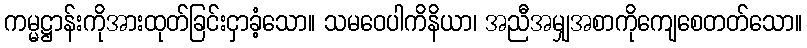
ကမ္မဋ္ဌာန်းကိုအားထုတ်ခြင်းငှာခံ့သော။ သမဝေပါကိနိယာ၊ အညီအမျှအစာကိုကျေစေတတ်သော။